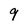
Character: 9